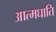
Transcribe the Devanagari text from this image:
आत्मघाति